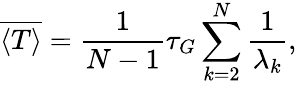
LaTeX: \overline{{\langle T\rangle}}=\frac{1}{N-1}\tau_{G}\sum_{k=2}^{N}\frac{1}{\lambda_{k}},